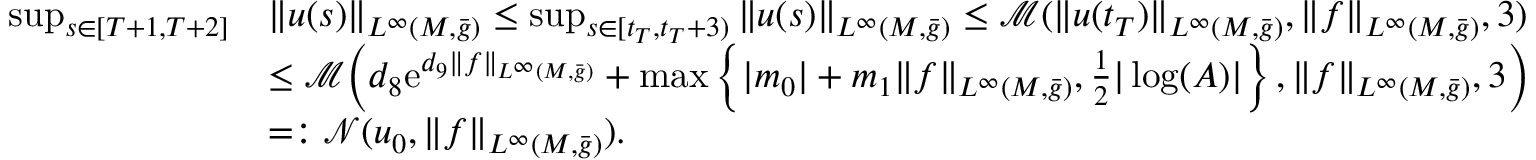
\begin{array} { r l } { \operatorname* { s u p } _ { s \in [ T + 1 , T + 2 ] } } & { \| u ( s ) \| _ { L ^ { \infty } ( M , \bar { g } ) } \le \operatorname* { s u p } _ { s \in [ t _ { T } , t _ { T } + 3 ) } \| u ( s ) \| _ { L ^ { \infty } ( M , \bar { g } ) } \le \mathcal { M } ( \| u ( t _ { T } ) \| _ { L ^ { \infty } ( M , \bar { g } ) } , \| f \| _ { L ^ { \infty } ( M , \bar { g } ) } , 3 ) } \\ & { \le \mathcal { M } \Bigl ( d _ { 8 } \mathrm { e } ^ { d _ { 9 } \| f \| _ { L ^ { \infty } ( M , \bar { g } ) } } + \operatorname* { m a x } \left\{ | m _ { 0 } | + m _ { 1 } \| f \| _ { L ^ { \infty } ( M , \bar { g } ) } , \frac 1 2 | \log ( A ) | \right\} , \| f \| _ { L ^ { \infty } ( M , \bar { g } ) } , 3 \Bigr ) } \\ & { = : \mathcal { N } ( u _ { 0 } , \| f \| _ { L ^ { \infty } ( M , \bar { g } ) } ) . } \end{array}